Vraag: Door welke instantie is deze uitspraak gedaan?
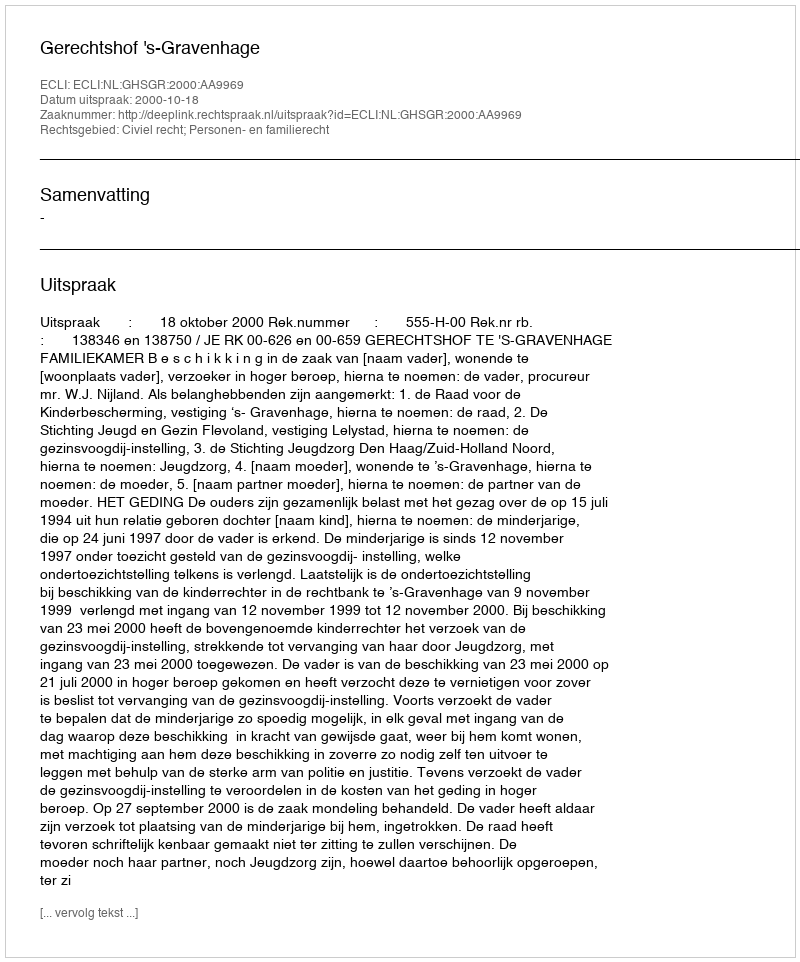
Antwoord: Gerechtshof 's-Gravenhage